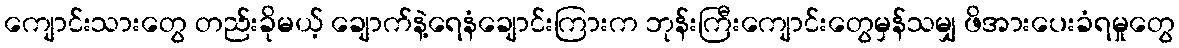
ကျောင်းသားတွေ တည်းခိုမယ့် ချောက်နဲ့ရေနံချောင်းကြားက ဘုန်းကြီးကျောင်းတွေမှန်သမျှ ဖိအားပေးခံရမှုတွေ